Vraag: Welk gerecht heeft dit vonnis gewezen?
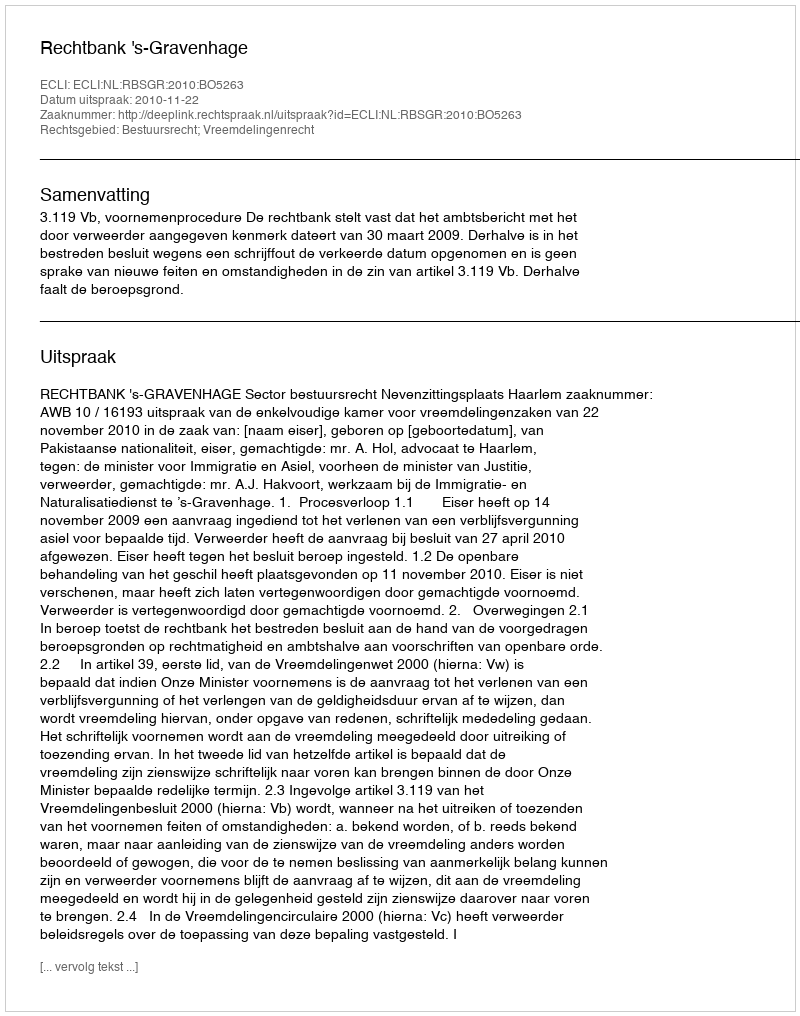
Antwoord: Rechtbank 's-Gravenhage